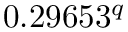
0 . 2 9 6 5 3 ^ { q }